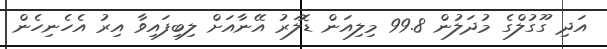
އަދި ގޫގުލްގެ މުދަލުން 99.8 މިލިއަން ޑޮލަރު އޭނާއަށް ލިބިފައިވާ އިރު އެހެނިހެން